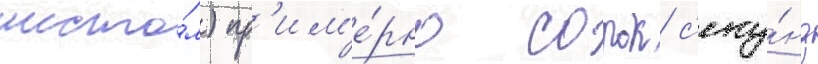
шесто́м) пр'им'е́рно сорок с'еку́нд